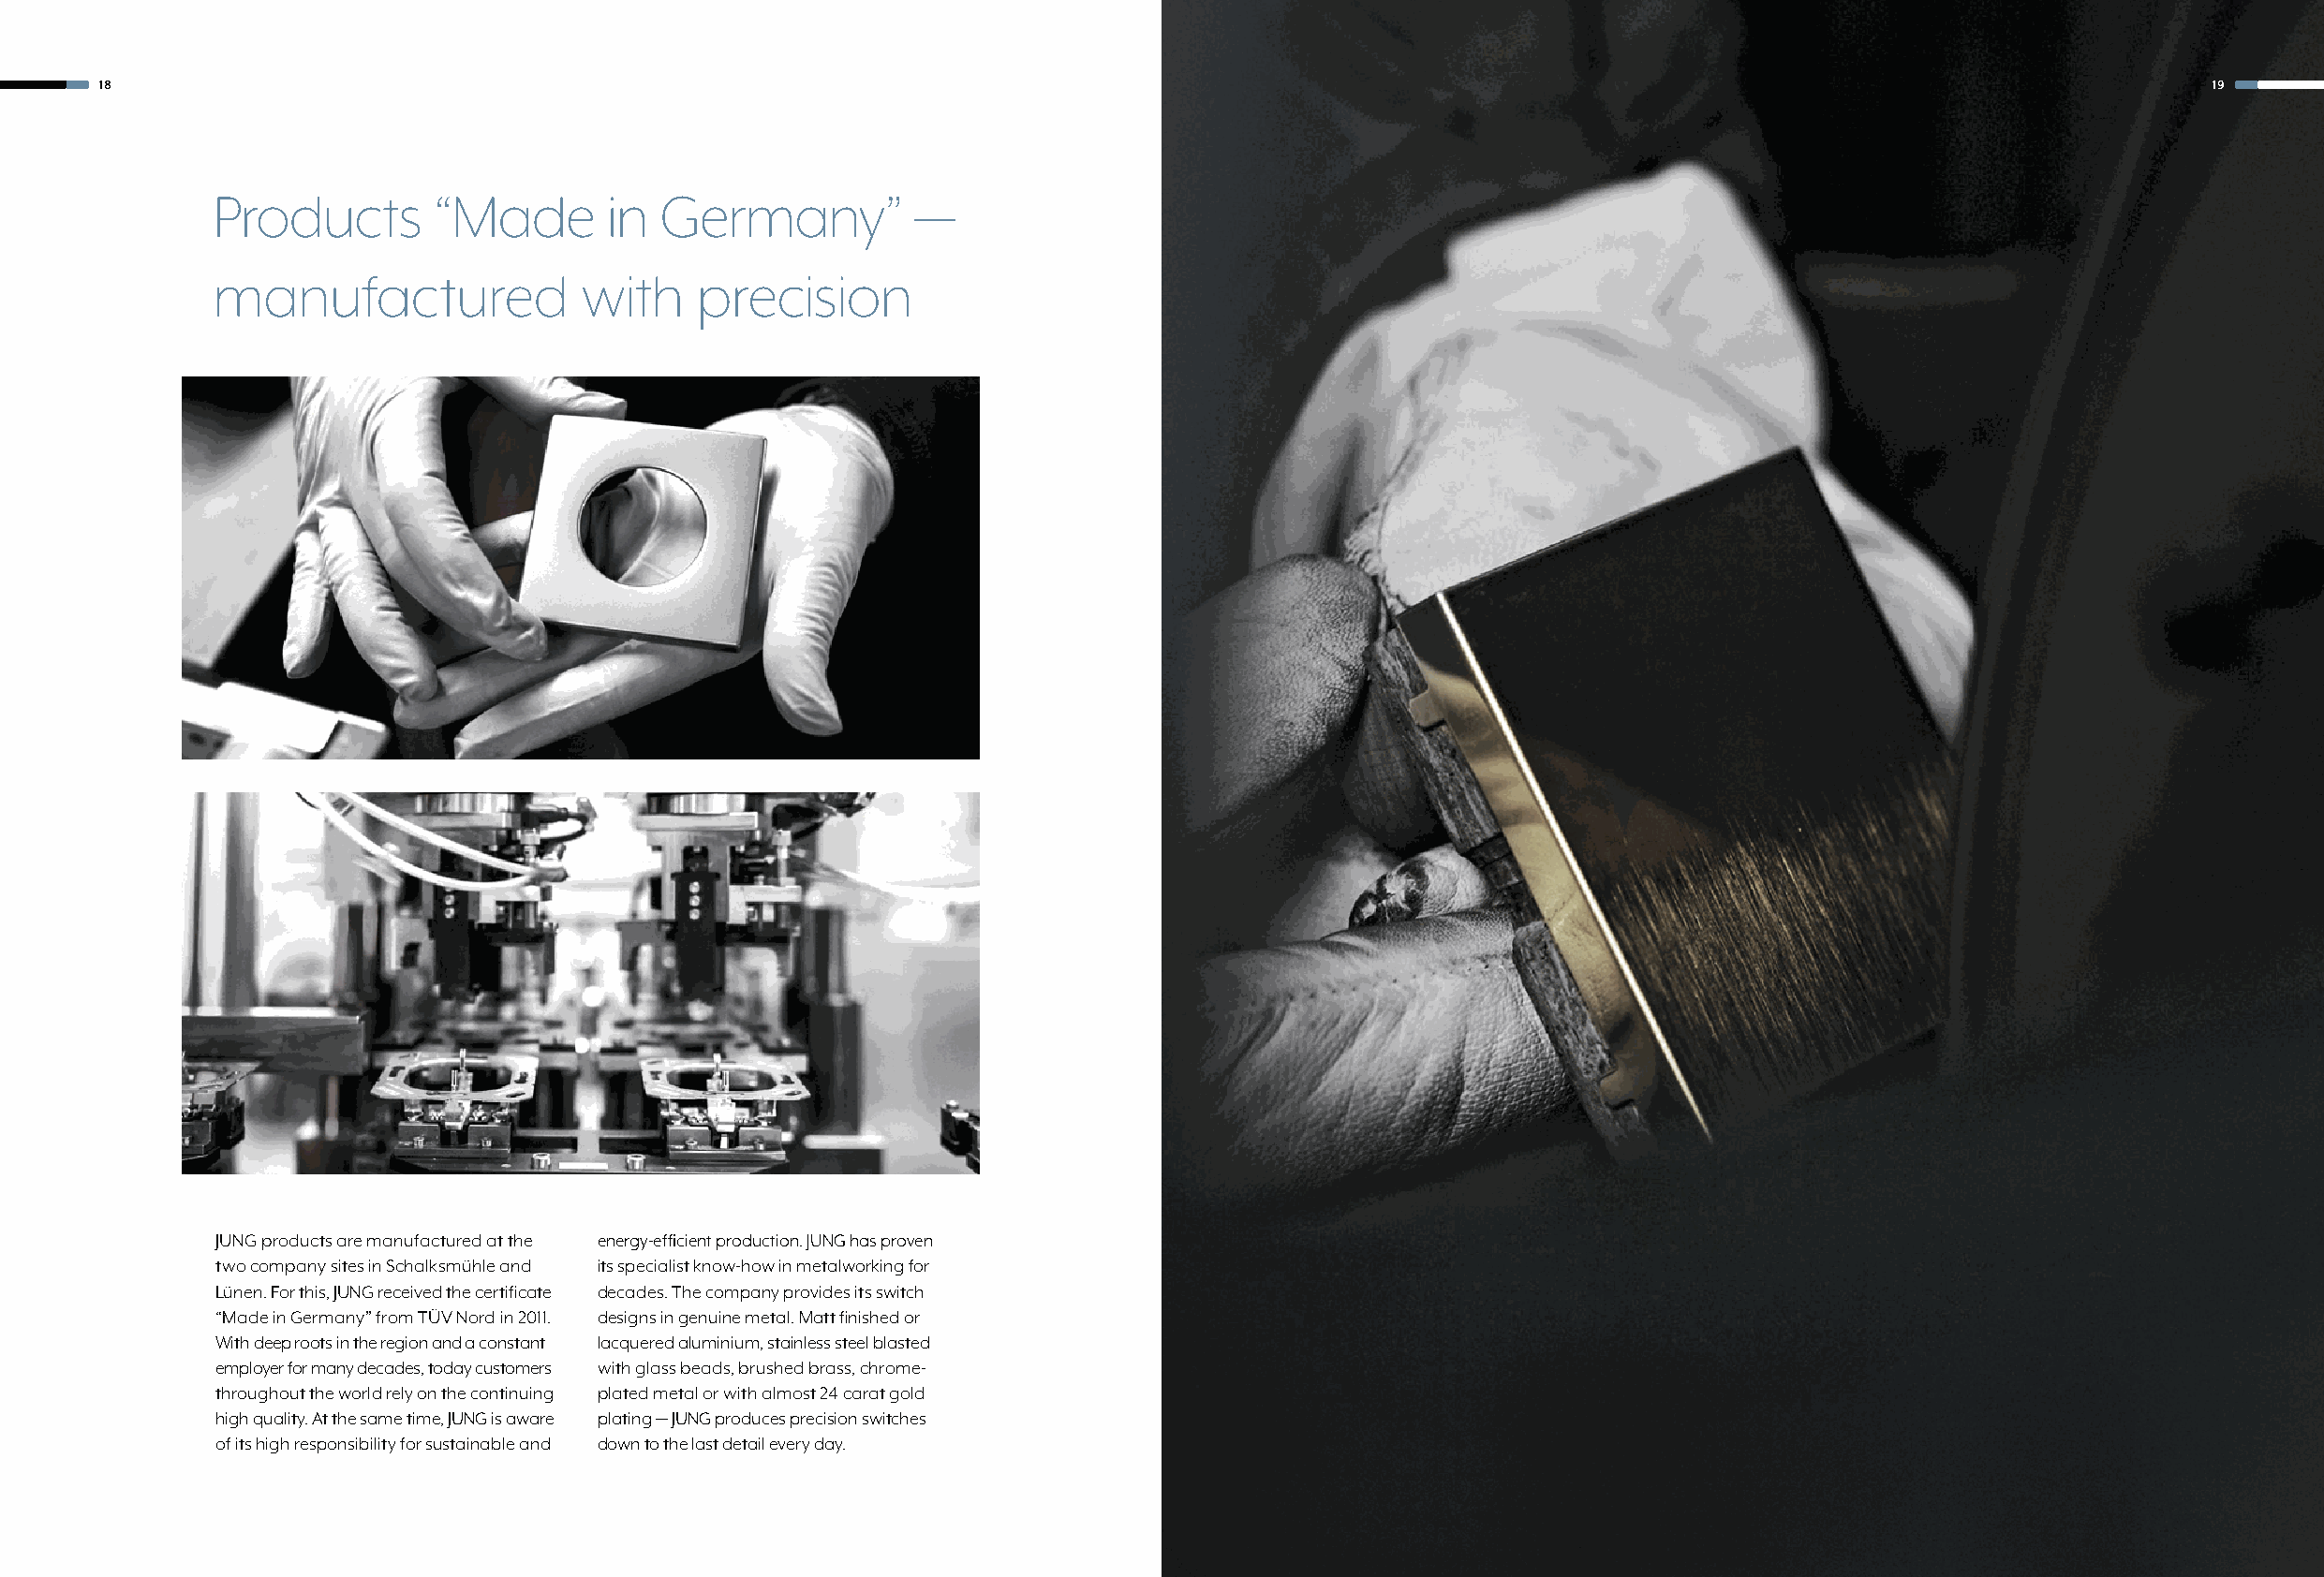
18                                                                                                                                                   19
 Products        “Made       in  Germany”          —
 manufactured              with    precision
 JUNG products are manufactured at the energy-efficient production. JUNG has proven
 two company sites in Schalksmühle and its specialist know-how in metalworking for
 Lünen. For this, JUNG received the certificate decades. The company provides its switch
 “Made in Germany” from TÜV Nord in 2011. designs in genuine metal. Matt finished or
 With deep roots in the region and a constant lacquered aluminium, stainless steel blasted
 employer for many decades, today customers with glass beads, brushed brass, chrome-
 throughout the world rely on the continuing plated metal or with almost 24 carat gold
 high quality. At the same time, JUNG is aware plating — JUNG produces precision switches
 of its high responsibility for sustainable and down to the last detail every day.